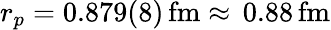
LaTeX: r_{p}=0.879(8)\, \mathrm{fm}\approx\, 0.88\, \mathrm{fm}